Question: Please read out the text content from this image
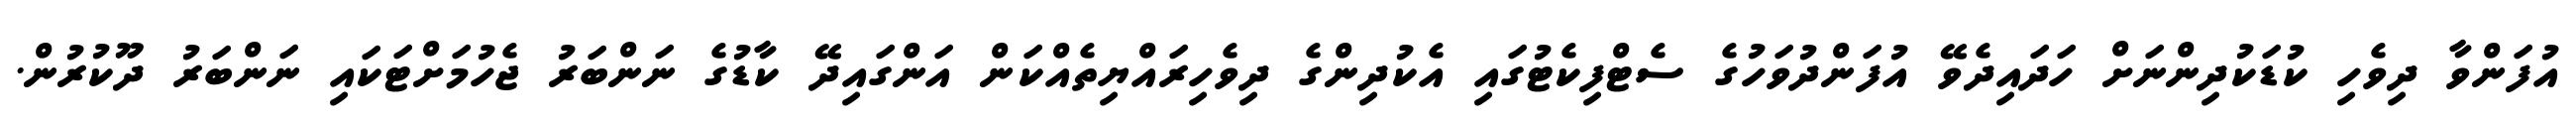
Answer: އުފަންވާ ދިވެހި ކުޑަކުދިންނަށް ހަދައިދެވޭ އުފަންދުވަހުގެ ސެޓްފިކެޓުގައި އެކުދިންގެ ދިވެހިރައްޔިތެއްކަން އަންގައިދޭ ކާޑުގެ ނަންބަރު ޖެހުމަށްޓަކައި ނަންބަރު ދޫކުރުން.